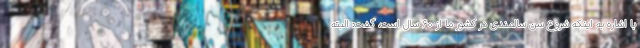
با اشاره به اینکه شروع سن سالمندی در کشور ما از ۶۰ سال است، گفت: البته